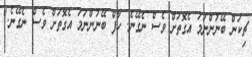
ޗިކަން ބޭނުންނަމަ އެގޮތަށް ވެސް ނެގޭނެ. ހާފް ބޭނުންނަމަ އެގޮތަށް ވެސް ނެގޭނެ."